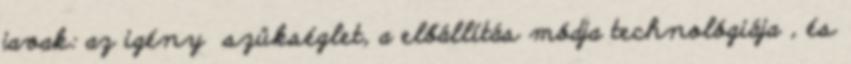
javak: az igény szükséglet, a előállítás módja technológiája , és